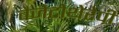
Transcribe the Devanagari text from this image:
वैजेटोथेरेपी